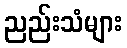
ညည်းသံများ